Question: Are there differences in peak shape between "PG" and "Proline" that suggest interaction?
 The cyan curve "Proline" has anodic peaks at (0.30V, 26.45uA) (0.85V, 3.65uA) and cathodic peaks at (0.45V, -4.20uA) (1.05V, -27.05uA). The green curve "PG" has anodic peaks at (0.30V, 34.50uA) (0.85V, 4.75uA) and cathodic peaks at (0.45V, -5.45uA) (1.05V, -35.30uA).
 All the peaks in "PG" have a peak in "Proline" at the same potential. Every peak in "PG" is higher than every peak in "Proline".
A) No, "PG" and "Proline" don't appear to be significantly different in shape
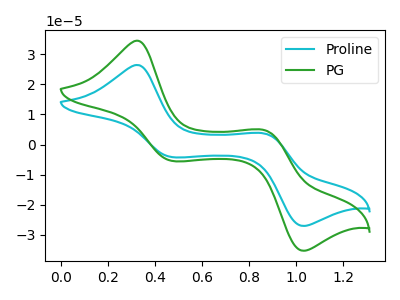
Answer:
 <answer>A) No, "PG" and "Proline" don't appear to be significantly different in shape</answer>
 <eval>A</eval>